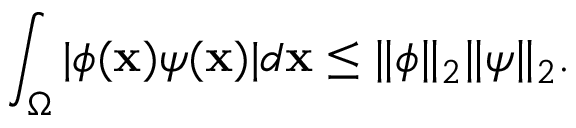
\int _ { \Omega } | \phi ( \mathbf { x } ) \psi ( \mathbf { x } ) | d \mathbf { x } \leq \| \phi \| _ { 2 } \| \psi \| _ { 2 } .